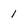
Character: 1